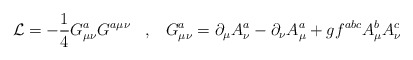
\begin{align*}{\cal L} = - \frac{1}{4}G^a_{\mu\nu}G^{a\mu\nu} \;\;\;,\;\;\;G^a_{\mu\nu} = \partial_{\mu}A^a_{\nu} - \partial_{\nu}A^a_{\mu} + gf^{abc}A^b_{\mu}A^c_{\nu}\end{align*}